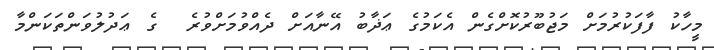
މީހާކު ފާފަކުރުމަށް މަޖުބޫރުކޮށްގެން އެކަމުގެ ޢަޛާބު އޭނާއަށް ދެއްވުމަށްވުރެ  ގެ ޢަދުލުވަންތަކަންމާ